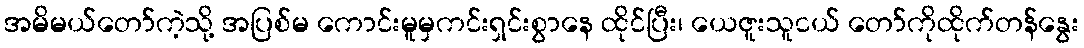
အမိမယ်တော်ကဲ့သို့ အပြစ်မ ကောင်းမူမှကင်းရှင်းစွာနေ ထိုင်ပြီး၊ ယေဇူးသူငယ် တော်ကိုထိုက်တန်နွေး